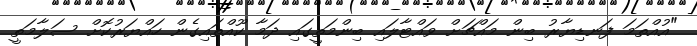
"އުއްތަމަ ފަނޑިޔާރު ބިން މައްޗަށް ވައްޓާލައި ބިންމަތީގައި ދަމާ ކޫއްތައިގެން ހައްޔަރުކޮށް ސަލާމަތީ